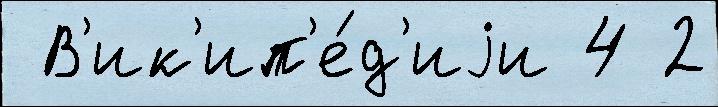
 В'ик'ип'е́д'иjи 4 2